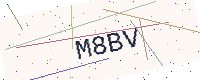
Text: M8BV